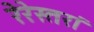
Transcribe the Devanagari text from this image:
रेरेस्तरां